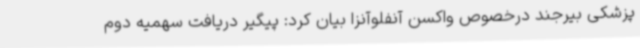
پزشکی بیرجند درخصوص واکسن آنفلوآنزا بیان کرد: پیگیر دریافت سهمیه دوم